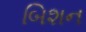
બિશન